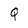
Character: Q